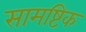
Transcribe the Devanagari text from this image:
सामष्टिक